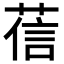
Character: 𦴩